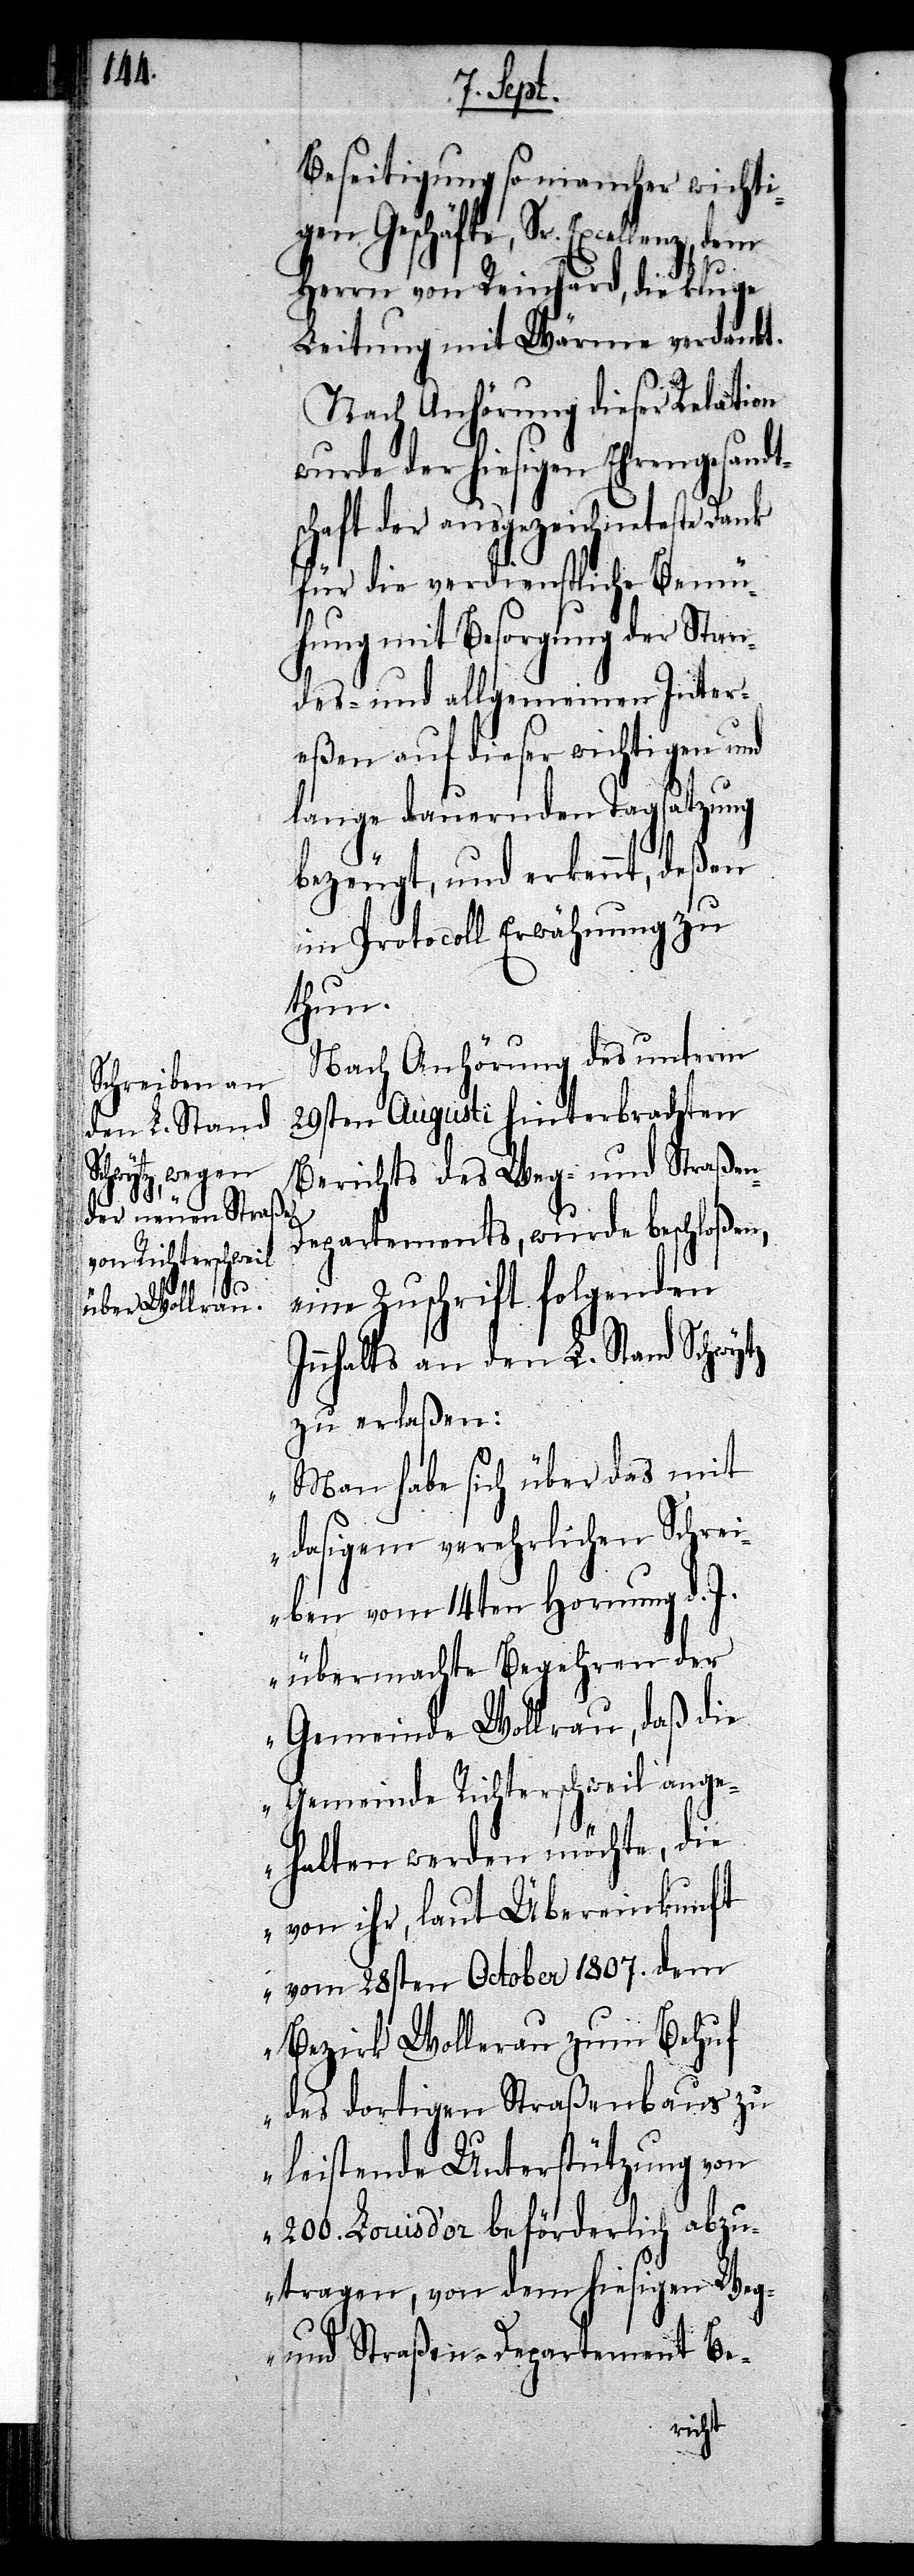
t¬

Beseitigung so mancher wichti¬
gen Geschäfte, Sr. Excellenz,
Herrn von Reinhard, die kluge
Leitung mit Wärme verdankt.
Nach Anhörung dieser Relation
wurde der hiesigen Ehrengesand¬
schaft der ausgezeichneteste Dank
für die verdienstliche Bemü¬
hung mit Besorgung der Stan¬
des- und allgemeinen Inter¬
eßen auf dieser wichtigen und
lange dauernden Tagsatzung
bezeugt, und erkennt, deßen
im Protocoll Erwähnung zu
thun.
Nach Anhörung des unterm
29sten Augusti hinterbrachten
Berichts des Weg- und Straßen-D¬
epartements, wurde beschloßen,
eine Zuschrift folgenden
Innhalts an den L. Stand Schwytz
zu erlaßen:
„Man habe sich über das mit
dasigem verehrlichen Schrei¬
ben vom 14ten Hornung d. J.
übermachte Begehren der
Gemeinde Wollerau, daß die
Gemeinde Richterschweil ange¬
halten werden möchte, die
von ihr, laut Übereinkunft
vom 28sten October 1807. dem
Bezirk Wollerau zum Behuf
des dortigen Straßenbaus zu
leistende Unterstützung von
200. Louis d’or beförderlich abzu¬
tragen, von dem hiesigen Weg-
und Straßen-Departement Be-